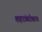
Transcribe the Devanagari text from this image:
शहरांबरोबरच